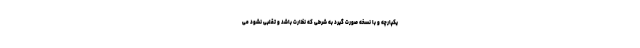
یکپارچه و با نسخه صورت گیرد به شرطی که نظارت باشد و تقلبی نشود می